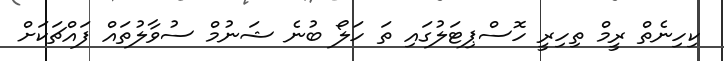
ކިހިނެތް ރީމް ތިހިރީ ހޮސްޕިޓަލުގައި ތަ ހަލޯ ބުނެ ޝަނުމް ސުވާލުތައް ފައްޗަކަށް